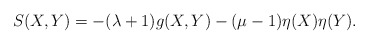
\begin{align*}S(X,Y)=-(\lambda+1)g(X,Y)-(\mu-1)\eta(X)\eta(Y).\end{align*}